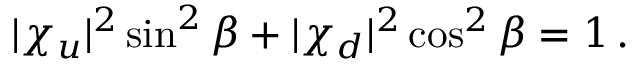
| \chi _ { u } | ^ { 2 } \sin ^ { 2 } \beta + | \chi _ { d } | ^ { 2 } \cos ^ { 2 } \beta = 1 \, .